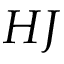
H J